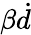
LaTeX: \beta\dot{d}